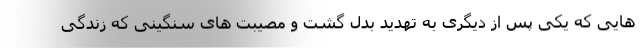
هایی که یکی پس از دیگری به تهدید بدل گشت و مصیبت های سنگینی که زندگی